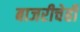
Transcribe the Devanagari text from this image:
बाजरीचेही